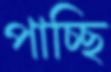
পাচ্ছি